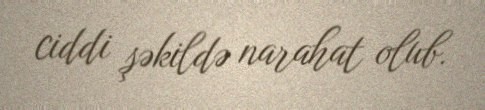
ciddi şəkildə narahat olub.